Annual administration report of the Civil Veterinary Department, Sind - 1944-1945
Year: 1944
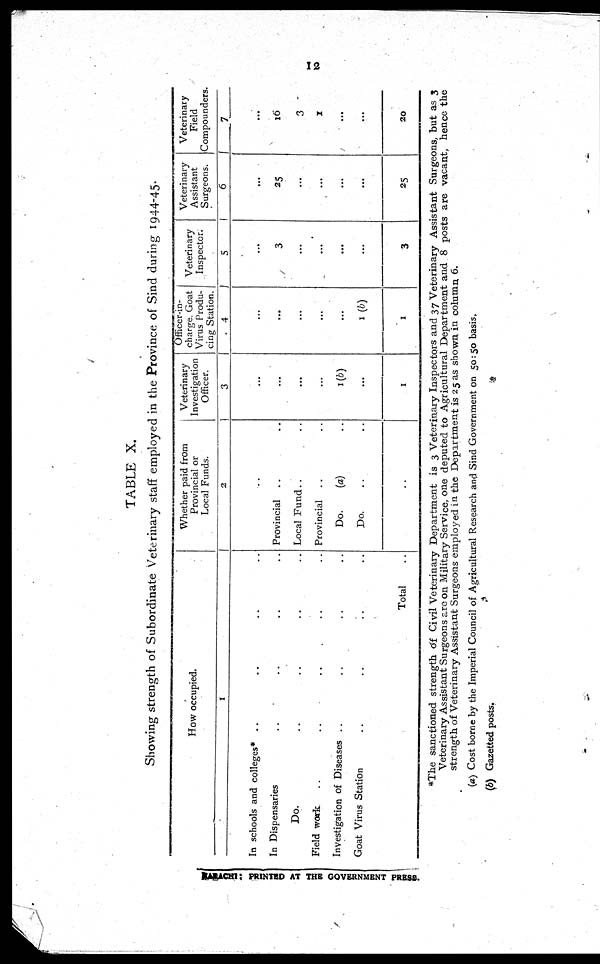
12
TABLE X.
Showing strength of Subordinate Veterinary staff employed in the Province of Sind during 1944-45.
How occupied.
1
In schools and colleges* .. .. .. ..
In Dispensaries .. .. .. ..
Do. .. .. .. ..
Field work .. .. .. .. ..
Investigation of Diseases .. .. .. .. ..
Goat Virus Station .. .. .. .. ..
Total ..
Whether paid from
Provincial or
Local Funds.
2
..
Provincial .. ..
Local Fund.. ..
Provincial .. ..
Do.
(a) ..
Do. .. ..
..
Veterinary
Investigation
Officer.
3
...
...
...
...
1(b)
...
1
Officer-in-
charge. Goat
Virus Produ-
cing Station.
4
...
...
...
...
...
1(b)
1
Veterinary-
Inspector.
5
...
3
...
...
...
...
3
Veterinary
Assistant
Surgeons.
6
...
25
...
...
...
...
25
Veterinary
Field
Compounders.
7
...
16
3
1
...
...
20
*The sanctioned strength of Civil Veterinary Department is 3 Veterinary Inspectors and 37 Veterinary Assistant Surgeons, but as 3
Veterinary Assistant Surgeons are on Military Service, one deputed to Agricultural Department and 8 posts are vacant, hence the
strength of Veterinary Assistant Surgeons employed in the Department is 25 as shown in column, 6.
(a) Cost borne by the Imperial Council of Agricultural Research and Sind Government on 50:50 basis.
(b) Gazetted posts.
KARACHI: PRINTED AT THE GOVERNMENT PRESS.